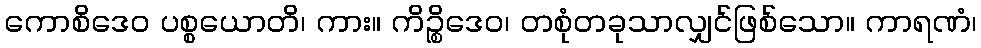
ကောစိဒေဝ ပစ္စယောတိ၊ ကား။ ကိဉ္စိဒေဝ၊ တစုံတခုသာလျှင်ဖြစ်သော။ ကာရဏံ၊